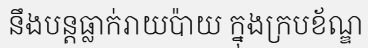
នឹងបន្តធ្លាក់រាយប៉ាយ ក្នុងក្របខ័ណ្ឌ